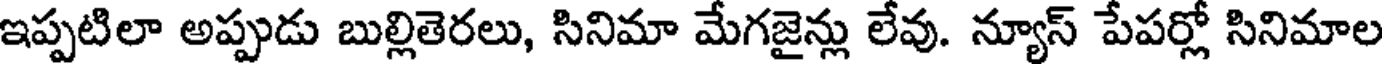
ఇప్పటిలా అప్పుడు బుల్లితెరలు, సినిమా మేగజైన్లు లేవు. న్యూస్ పేపర్లో సినిమాల